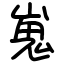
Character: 嵬